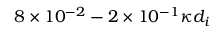
8 \times 1 0 ^ { - 2 } - 2 \times 1 0 ^ { - 1 } \kappa d _ { i }